Report on vaccination in Madras 1922-1929 - 1922-1929
Year: 1922
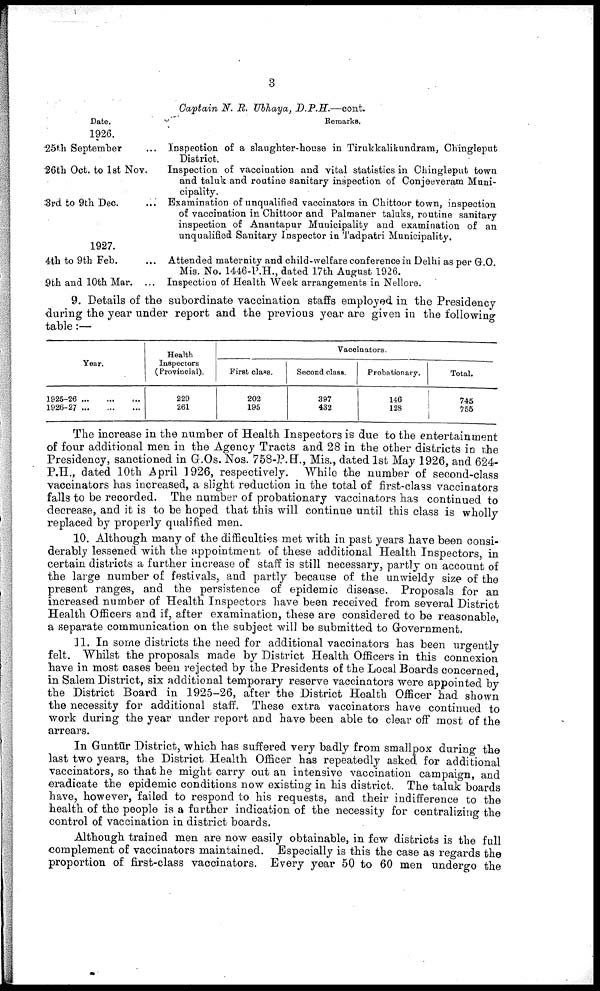
3
Captain N. R. Ubhaya,
D.P.R.—cont.
Date.
Remarks.
1926.
25th September
26th Oct. to 1st Nov.
3rd to 9 th Dec.
Inspection of a slaughter-house in Tirukkalikundram, Chingleput
District.
Inspection of vaccination and vital statistics in Chingleput town
and taluk and routine sanitary inspection of Conjeeveram Muni
cipality.
Examination of unqualified vaccinators in Chittoor town, inspection
of vaccination in Chittoor and Palmaner taluks, routine sanitary
inspection of Anantapur Municipality and examination of an
unqualified Sanitary Inspector in Tadpatri Municipality.
1927.
4th to 9th Feb.
9th and 10th Mar. ...
Attended maternity and child-welfare conference in Delhi as per G.O.
Mis. No. 1446-P.H., dated 17th August 1926.
Inspection of Health Week arrangements in Nellore.
9. Details of the subordinate vaccination staffs employed in the Presidency
during the year under report and the previous year are given in the following
table:—
Year.
1925-26 ... ... ...
1926-27
...
...
...
Health
Inspectors
( Provincial).
229
261
Vaccinators.
First class.
202
195
Second class.
397
432
Probationary.
146
128
Total.
745
755
The increase in the number of Health Inspectors is due to the entertainment
of four additional men in the Agency Tracts and 28 in the other districts in the
Presidency, sanctioned in G.Os. Nos. 758-P.H., Mis., dated 1st May 1926, and 624-
P.H., dated 10th April 1926, respectively. While the number of second-class
vaccinators has increased, a slight reduction in the total of first-class vaccinators
falls to be recorded. The number of probationary vaccinators has continued to
decrease, and it is to be hoped that this will continue until this class is wholly
replaced by properly qualified men.
10. Although many of the difficulties met with in past years have been consi
derably lessened with the appointment of these additional Health Inspectors in
certain districts a further increase of staff is still necessary, partly on account of
the large number of festivals, and partly because of the unwieldy size of the
present ranges, and the persistence of epidemic disease. Proposals for an
increased number of Health Inspectors have been received from several District
Health Officers and if, after examination, these are considered to be reasonable
a separate communication on the subject will be submitted to Government.
11. In some districts the need for additional vaccinators has been urgently
felt. Whilst the proposals made by District Health Officers in this connexion
have in most cases been rejected by the Presidents of the Local Boards concerned
in Salem District, six additional temporary reserve vaccinators were appointed by
the District Board in 1925-26, after the District Health Officer had shown
the necessity for additional staff. These extra vaccinators have continued to
work during the year under report and have been able to clear off most of the
arrears.
In Guntūr District, which has suffered very badly from smallpox during the
last two years, the District Health Officer has repeatedly asked for additional
vaccinators, so that he might carry out an intensive vaccination campaign, and
eradicate the epidemic conditions now existing in his district. The taluk boards
have, however, failed to respond to his requests, and their indifference to the
health of the people is a farther indication of the necessity for centralizing the
control of vaccination in district boards.
Although trained men are now easily obtainable, in few districts is the full
complement of vaccinators maintained. Especially is this the case as regards the
proportion of first-class vaccinators. Every year 50 to 60 men undergo the